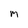
Character: m